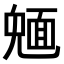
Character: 𩈠